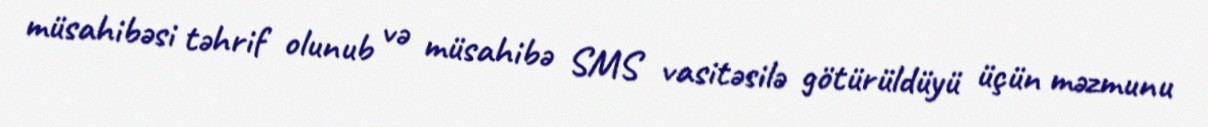
müsahibəsi təhrif olunub və müsahibə SMS vasitəsilə götürüldüyü üçün məzmunu